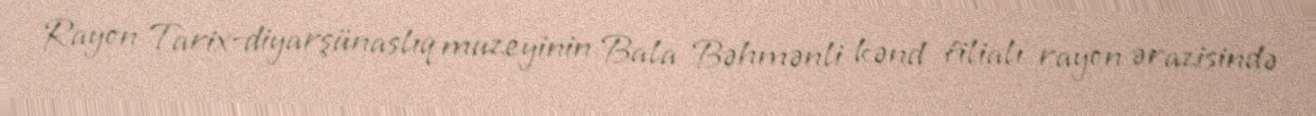
Rayon Tarix-diyarşünaslıq muzeyinin Bala Bəhmənli kənd filialı rayon ərazisində